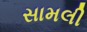
સામલી